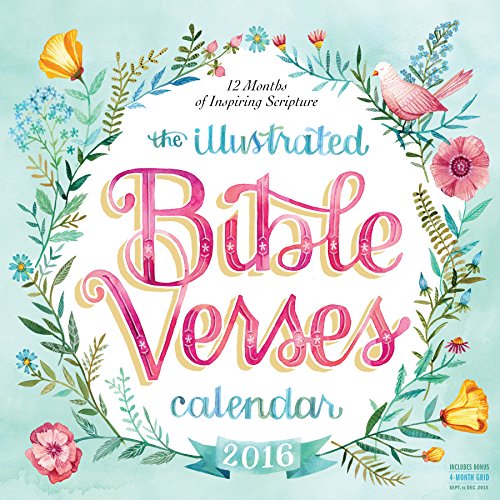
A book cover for The Illustrated Bible Verses Wall Calendar 2016; Workman Publishing; Christian Books & Bibles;